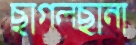
ছাগলছানা